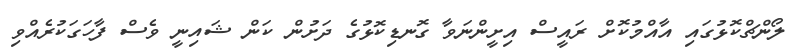
ލޯންޗްކޮޅުގައި އާއްމުކޮށް ރައީސް އިށީންނަވާ ގޮނޑިކޮޅުގެ ދަށުން ކަން ޝައިނީ ވެސް ފާހަގަކުރެއްވި